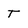
Character: T